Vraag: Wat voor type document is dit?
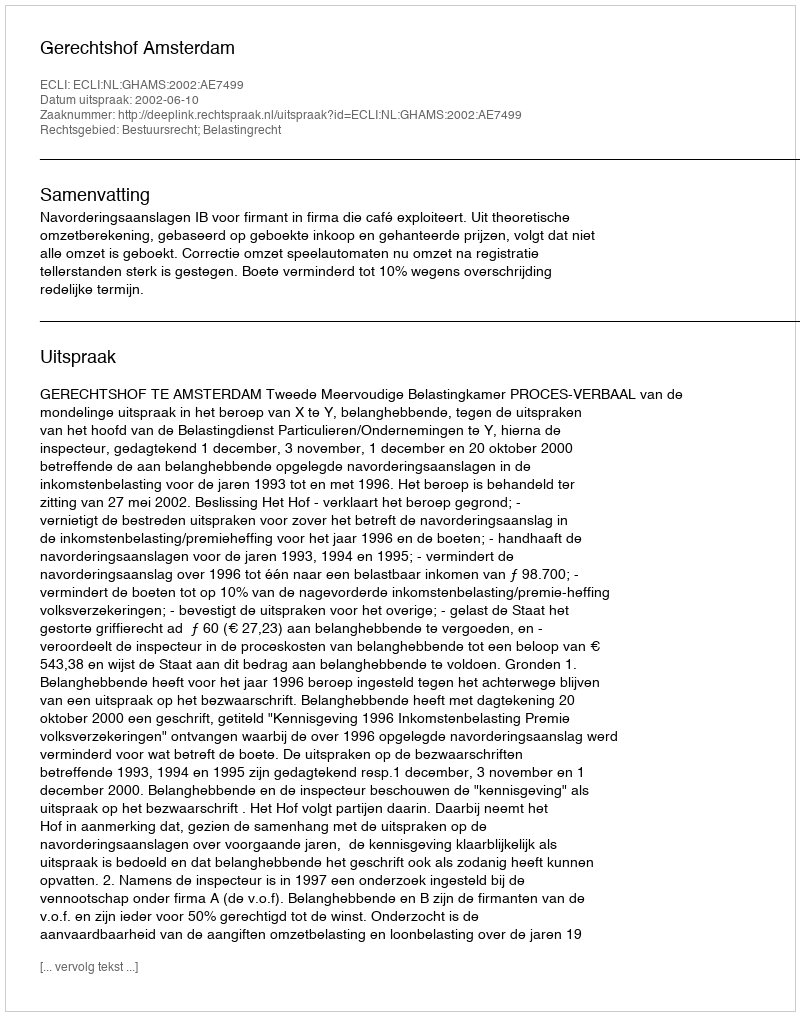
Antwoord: Uitspraak